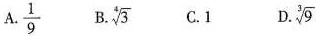
A.\frac{1}{9} B.\sqrt [4]{3} C.1 D.\sqrt [3]{9}